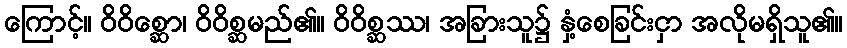
ကြောင့်။ ဝိဝိစ္ဆော၊ ဝိဝိစ္ဆမည်၏။ ဝိဝိစ္ဆဿ၊ အခြားသူ၌ နှံ့စေခြင်းငှာ အလိုမရှိသူ၏။